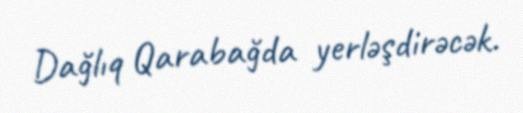
Dağlıq Qarabağda yerləşdirəcək.